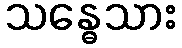
သန္ဓေသား